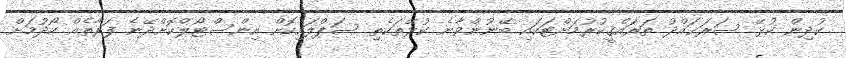
ކުދިން ކުޅޭ ސަރަޙައްދު ތަރައްޤީކުރުމަށްޓަކައި ބޭނުންވާނެ ކުޅޭތަކެތި ސަޕްލައިކޮށް އިންސްޓޯލްކޮށްދޭނެ ފަރާތެއް ހޯދުމަށް